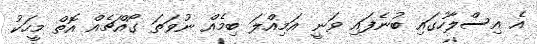
އެ އިސްލާހުގައި ބުނެފައި ވަނީ އަމިއްލަ ބިމެއް ނުވަތަ ގޯއްޗެއް އޮތް މީހަކު